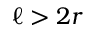
\ell > 2 r